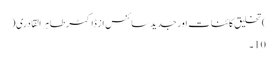
)تخلیق کائنات اور جدید سائنس از ڈاکٹر طاہر القادری(
10۔